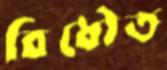
বিধৌত